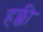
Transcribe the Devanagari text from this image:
हक्की